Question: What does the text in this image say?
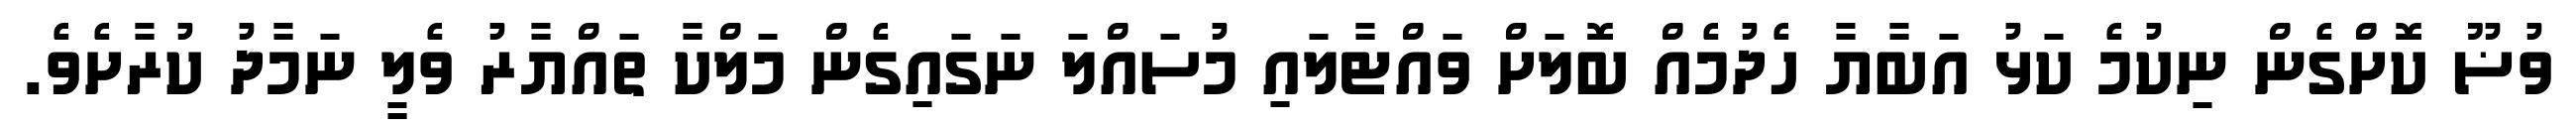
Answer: ވުޟޫ ކޮށްގެން ނިކުމެ ކަޅު އަބާޔާ ހެދުމެއް ބޮލަށް ވައްޓާލައި މުސައްލަ ނަގައިގެން މަލްކާ ތައްޔާރު ވެލީ ނަމާދު ކުރާށެވެ.